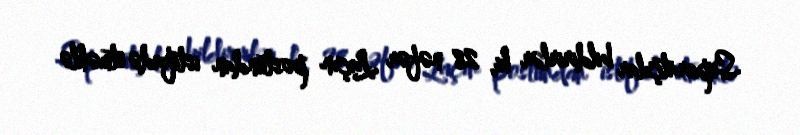
Separatçılar bildirirlər ki, 28 nəfər Laçın postundan istifadə etməklə